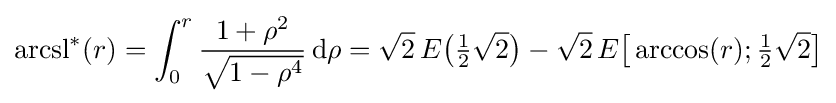
\operatorname {arcsl} ^{*}(r)=\int _{0}^{r}{\frac {1+\rho ^{2}}{\sqrt {1-\rho ^{4}}}}\,\mathrm {d} \rho ={\sqrt {2}}\,E{\bigl (}{\tfrac {1}{2}}{\sqrt {2}}{\bigr )}-{\sqrt {2}}\,E{\bigl [}\arccos(r);{\tfrac {1}{2}}{\sqrt {2}}{\bigr ]}